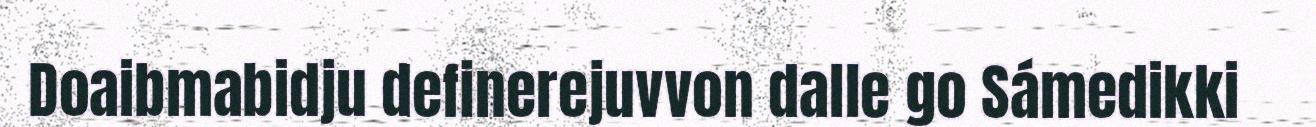
Doaibmabidju definerejuvvon dalle go Sámedikki